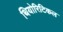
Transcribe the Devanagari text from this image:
थियोरिटिकल